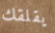
يقلقك